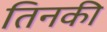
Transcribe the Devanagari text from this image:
तिनकी